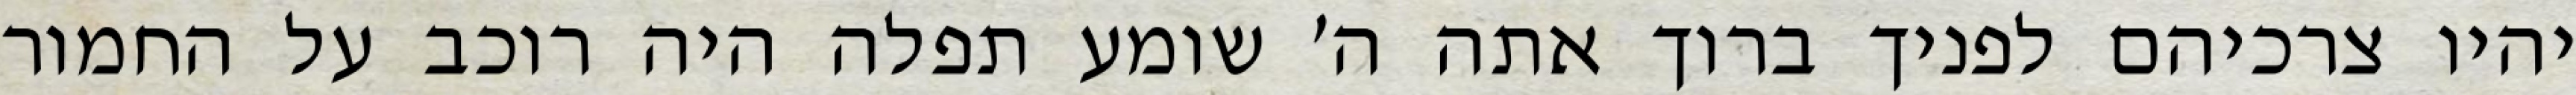
יהיו צרכיהם לפניך ברוך אתה ה׳ שומע תפלה היה רוכב על החמור